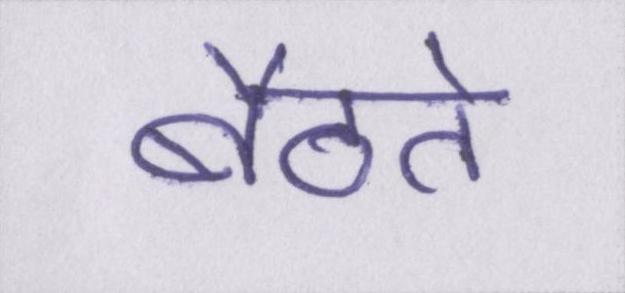
बैठते